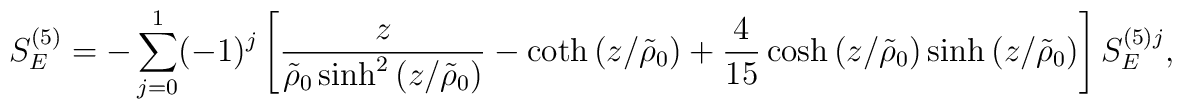
S_E^{(5)}= -\sum_{j=0}^{1}(-1)^j\left[\frac{z}{\tilde{\rho}_0\sinh^2\left(z/\tilde{\rho}_0\right)}-\coth\left(z/\tilde{\rho}_0\right)+\frac{4}{15}\cosh\left(z/\tilde{\rho}_0\right)\sinh\left(z/\tilde{\rho}_0\right)\right]S_E^{(5)j} ,